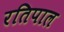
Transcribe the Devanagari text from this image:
रतिपाल